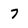
Character: 7